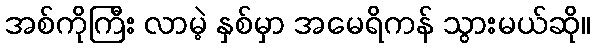
အစ်ကိုကြီး လာမဲ့ နှစ်မှာ အမေရိကန် သွားမယ်ဆို။